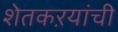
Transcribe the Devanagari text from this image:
शेतकऱयांची